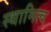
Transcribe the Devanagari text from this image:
स्थामित्व